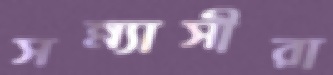
সন্ন্যাসীরা